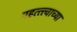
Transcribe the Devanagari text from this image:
महत्त्त्वाच्या